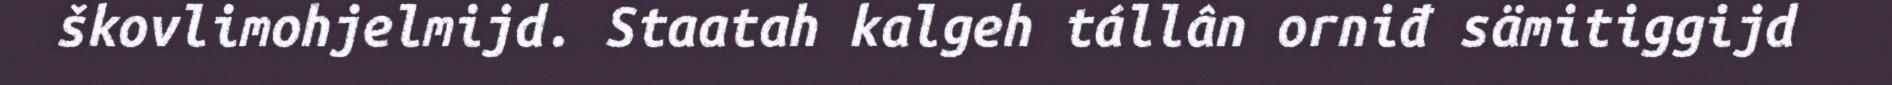
škovlimohjelmijd. Staatah kalgeh tállân orniđ sämitiggijd